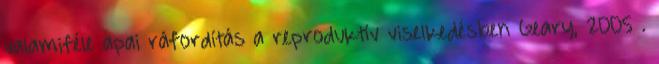
valamiféle apai ráfordítás a reproduktív viselkedésben Geary, 2005 .